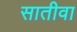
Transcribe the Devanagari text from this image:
सातीवा